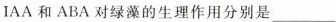
IAA和ABA对绿藻的生理作用分别是___